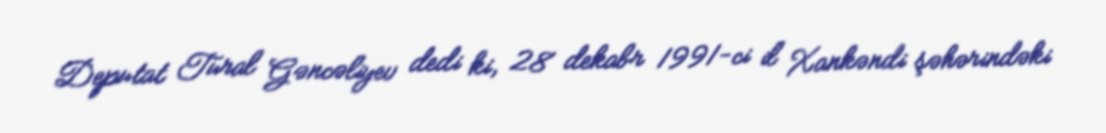
Deputat Tural Gəncəliyev dedi ki, 28 dekabr 1991-ci il Xankəndi şəhərindəki